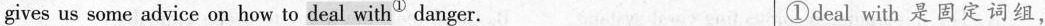
gives us some advice on how to deal with^{①} danger. ①deal with 是固定词组,